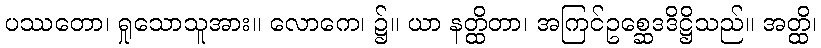
ပဿတော၊ ရှုသောသူအား။ လောကေ၊ ၌။ ယာ နတ္ထိတာ၊ အကြင်ဥစ္ဆေဒဒိဋ္ဌိသည်။ အတ္ထိ၊